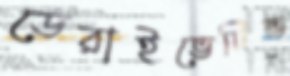
ডেরাইভেটিভ